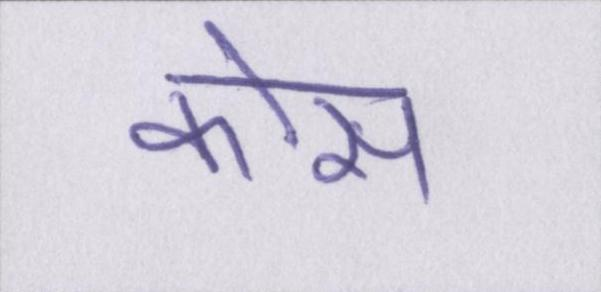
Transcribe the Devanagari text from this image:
कोस